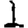
Digit: 1